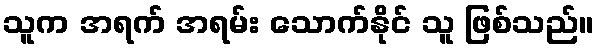
သူက အရက် အရမ်း သောက်နိုင် သူ ဖြစ်သည်။